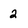
Character: 2